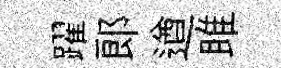
躍郞遒雎